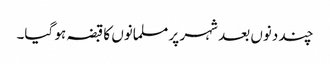
چند دنوں بعد شہر پر مسلمانوں کا قبضہ ہو گیا۔